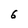
Character: 6